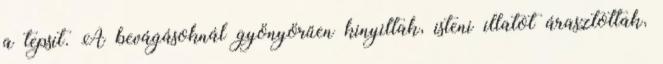
a tepsit. A bevágásoknál gyönyörűen kinyiltak, isteni illatot árasztottak,